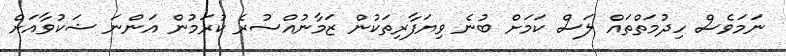
ނަމަވެސް ހިދުމަތްތައް ލަސް ކަމަށް ބުނެ ވިޔަފާރިތަކުން ޒަމާނުއްސުރެ ކުރަމުން އަންނަ ޝަކުވާއަށް